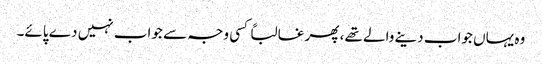
وہ یہاں جواب دینے والے تھے، پھر غالباً کسی وجہ سے جواب نہیں دے پائے۔